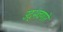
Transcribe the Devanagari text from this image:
उद्‌भवणारे